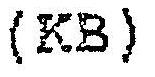
(KB)